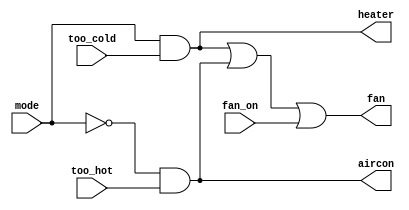
module top_module (
    input too_cold,
    input too_hot,
    input mode,
    input fan_on,
    output heater,
    output aircon,
    output fan
);

    // Heater is on only when mode is heating (mode = 1) and it's too cold.
    assign heater = mode & too_cold;
    
    // Air conditioner is on only when mode is cooling (mode = 0) and it's too hot.
    assign aircon = ~mode & too_hot;
    
    // Fan is on if either heater or aircon is on, or if fan_on is requested by the user.
    assign fan = heater | aircon | fan_on;

endmodule